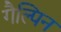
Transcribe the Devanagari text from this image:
गैल्पिन